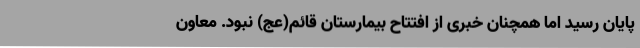
پایان رسید اما همچنان خبری از افتتاح بیمارستان قائم(عج) نبود. معاون